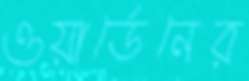
ওয়ার্ডেনের